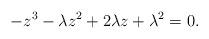
LaTeX: \begin{align*}-z^3-\lambda z^2+2\lambda z+\lambda^2 =0 .\end{align*}